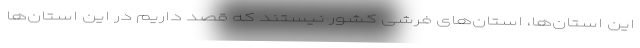
این استان‌ها، استان‌های فرشی کشور نیستند که قصد داریم در این استان‌ها